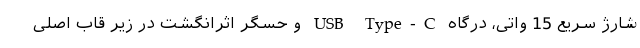
شارژ سریع 15 واتی، درگاه USB Type-C و حسگر اثرانگشت در زیر قاب اصلی